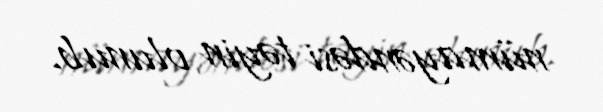
nümayəndəsi təyin olunub.